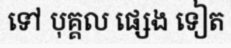
ទៅ បុគ្គល ផ្សេង ទៀត